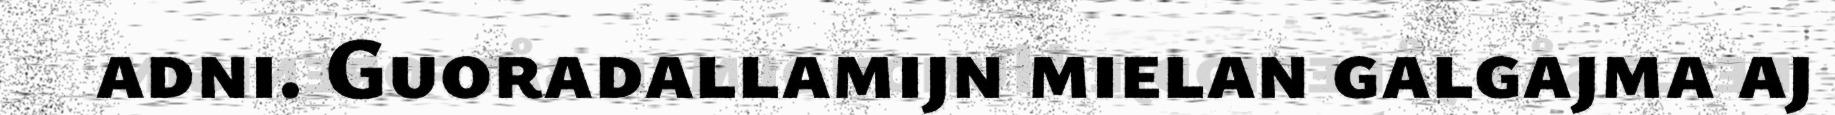
adni. Guoradallamijn mielan galgajma aj